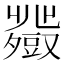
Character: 𧰍